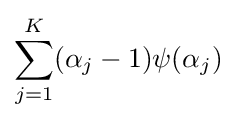
\sum _{j=1}^{K}(\alpha _{j}-1)\psi (\alpha _{j})